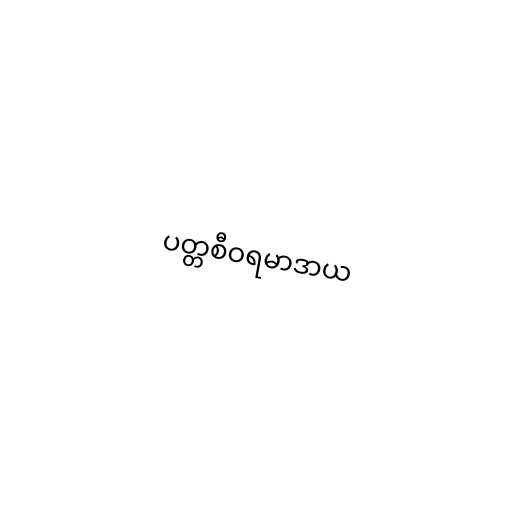
ပတ္တစီဝရမာဒာယ